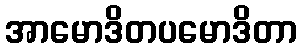
အာမောဒိတပမောဒိတာ